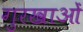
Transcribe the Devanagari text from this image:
गुरखाओं